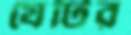
যেটির